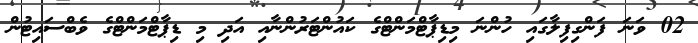
02 ވަނަ ފަންގިފިލާގައި ހުންނަ މިޑިޕާޓްމަންޓްގެ ކައުންޓަރުންނާއި އަދި މި ޑިޕާޓްމަންޓްގެ ވެބްސައިޓުން